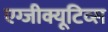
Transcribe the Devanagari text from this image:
एग्जीक्यूटिव्स